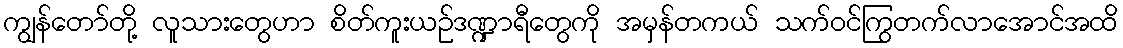
ကျွန်တော်တို့ လူသားတွေဟာ စိတ်ကူးယဉ်ဒဏ္ဍာရီတွေကို အမှန်တကယ် သက်ဝင်ကြွတက်လာအောင်အထိ